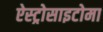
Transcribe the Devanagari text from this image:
ऐस्ट्रोसाइटोमा